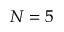
N = 5